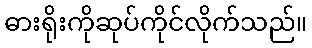
ဓားရိုးကိုဆုပ်ကိုင်လိုက်သည်။